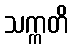
သက္ကတိ